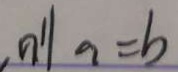
\vert n ^ { \prime } \vert a = b